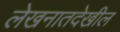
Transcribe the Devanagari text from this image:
लेखनातदेखील